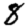
Digit: 8